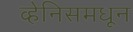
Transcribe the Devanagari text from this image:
व्हेनिसमधून